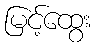
မြင့်ထွေး